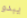
يبدو